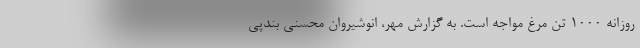
روزانه ۱۰۰۰ تُن مرغ مواجه است. به گزارش مهر، انوشیروان محسنی بندپی